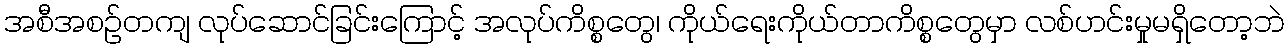
အစီအစဉ်တကျ လုပ်ဆောင်ခြင်းကြောင့် အလုပ်ကိစ္စတွေ၊ ကိုယ်ရေးကိုယ်တာကိစ္စတွေမှာ လစ်ဟင်းမှုမရှိတော့ဘဲ